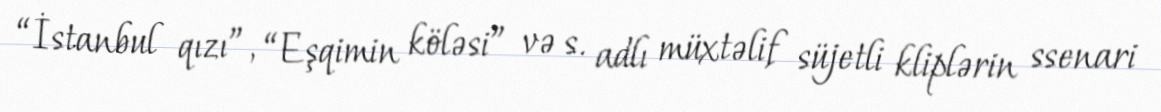
“İstanbul qızı”, “Eşqimin köləsi” və s. adlı müxtəlif süjetli kliplərin ssenari